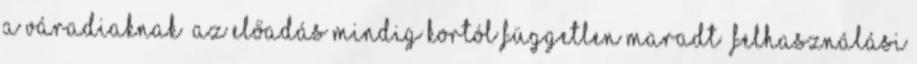
a váradiaknak „Az előadás mindig kortól független maradt” Felhasználási